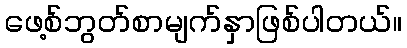
ဖေ့စ်ဘွတ်စာမျက်နှာဖြစ်ပါတယ်။